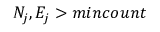
N _ { j } , E _ { j } > m i n c o u n t